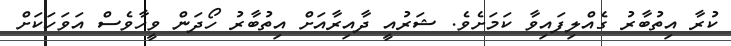
ކުރާ އިތުބާރު ގެއްލިފައިވާ ކަމަށެވެ. ޝަރުއީ ދާއިރާއަށް އިތުބާރު ހޯދަން ވީހާވެސް އަވަހަކަށް